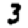
Digit: 3